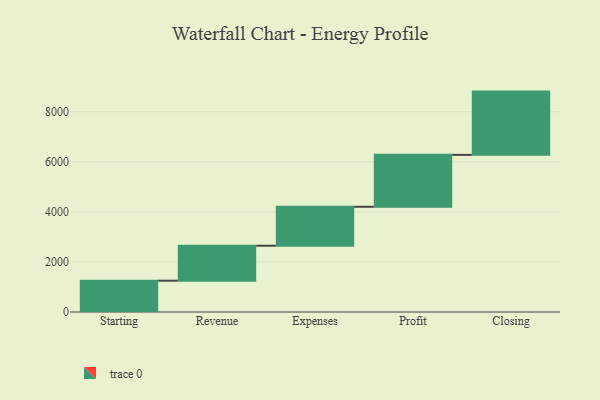
{"axis": {"x": "Step", "y": "Value"}, "legend": [""], "data": [{"x": "Starting", "y": 1250.0, "type": ""}, {"x": "Revenue", "y": 1396.0, "type": ""}, {"x": "Expenses", "y": 1557.0, "type": ""}, {"x": "Profit", "y": 2073.0, "type": ""}, {"x": "Closing", "y": 2526.0, "type": ""}]}